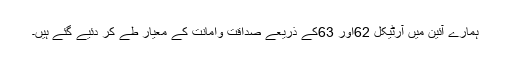
ہمارے آئین میں آرٹیکل 62اور 63کے ذریعے صداقت وامانت کے معیار طے کر دئیے گئے ہیں۔